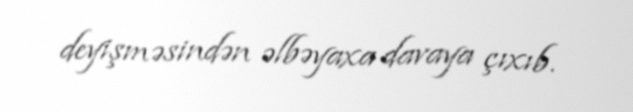
deyişməsindən əlbəyaxa davaya çıxıb.